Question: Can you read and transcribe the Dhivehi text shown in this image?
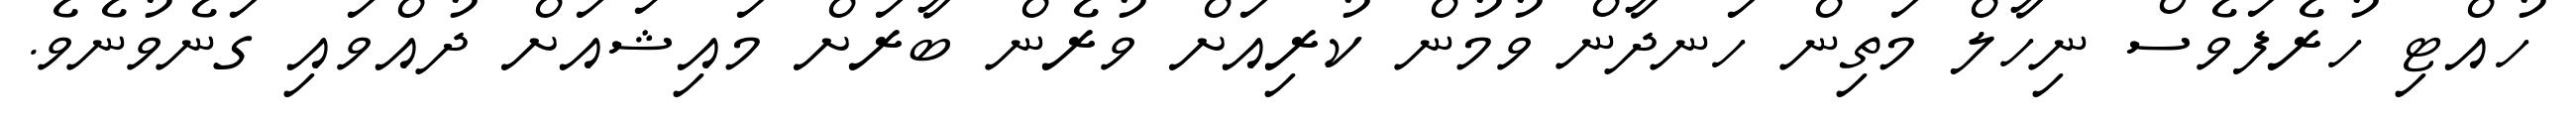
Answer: ހުއްޓި ހުރެފަވެސް ނިހާލް މަތިން ހަނދާން ވުމުން ކުރިއަށް ވުރެން ބާރަށް މައިޝައަށް ދުއްވައި ގަނެވުނެވެ.